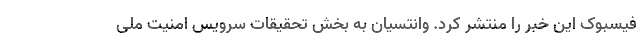
فیسبوک این خبر را منتشر کرد. وانتسیان به بخش تحقیقات سرویس امنیت ملی